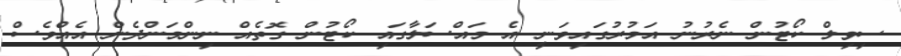
ސިވިލް ކޯޓުން ނެރުނު އަމުރުގައިވަނީ އެ މައްސަލާގައި ކޯޓުން ގޮތެއް ނިންމަންދެން އެއްވެސް